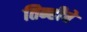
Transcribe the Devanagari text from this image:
तिन्हीचे